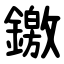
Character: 䥞